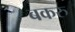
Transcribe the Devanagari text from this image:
बकरु